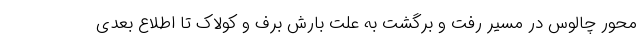
محور چالوس در مسیر رفت و برگشت به علت بارش برف و کولاک تا اطلاع بعدی